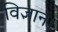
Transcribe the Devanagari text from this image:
विज्ञानं।